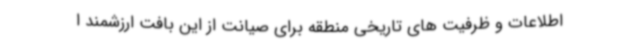
اطلاعات و ظرفیت های تاریخی منطقه برای صیانت از این بافت ارزشمند ا